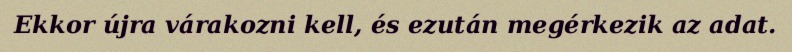
Ekkor újra várakozni kell, és ezután megérkezik az adat.